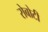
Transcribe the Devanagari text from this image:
रोबोटी